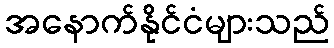
အနောက်နိုင်ငံများသည်